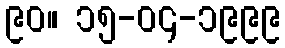
၉၀။ ၁၅-၀၄-၁၉၉၉